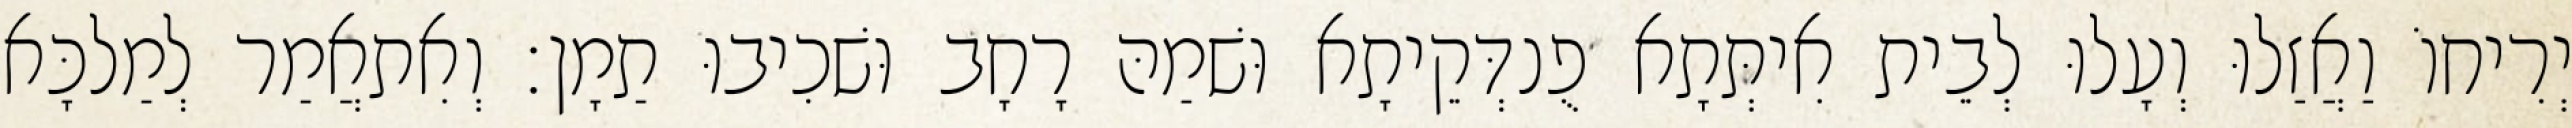
יְרִיחוֹ וַאֲזַלוּ וְעָלוּ לְבֵית אִיתְּתָא פֻנדְּקֵיתָא וּשׁמַהּ רָחָב וּשׁכִיבוּ תַמָן׃ וְאִתאֲמַר לְמַלכָּא